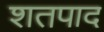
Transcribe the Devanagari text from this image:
शतपाद